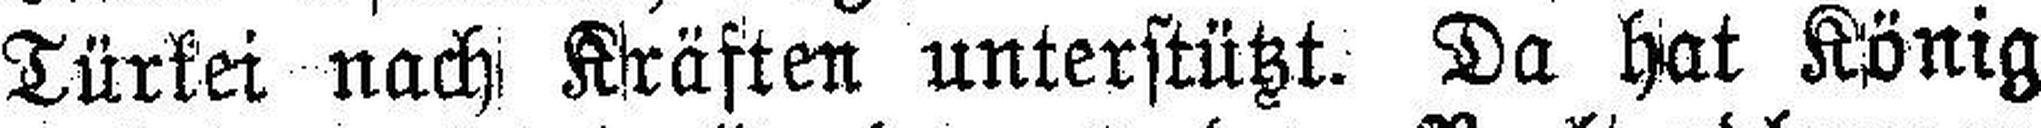
Türkei nach Kräften unterstützt. Da hat König